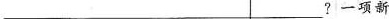
___?一项新